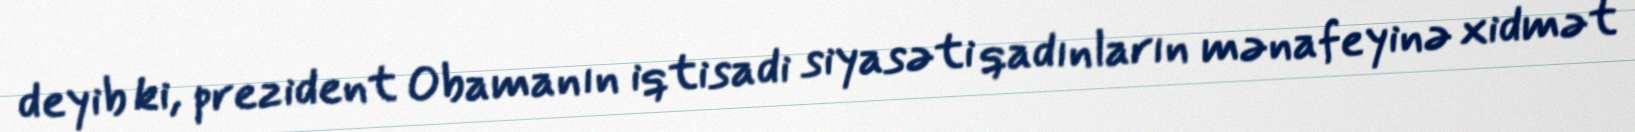
deyib ki, prezident Obamanın iqtisadi siyasəti qadınların mənafeyinə xidmət